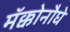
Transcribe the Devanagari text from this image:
मॅक्कोनौघे